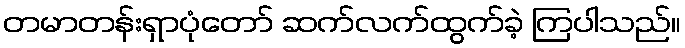
တမာတန်းရှာပုံတော် ဆက်လက်ထွက်ခဲ့ ကြပါသည်။